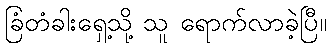
ခြံတံခါးရှေ့သို့ သူ ရောက်လာခဲ့ပြီ။